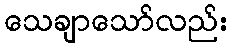
သေချာသော်လည်း